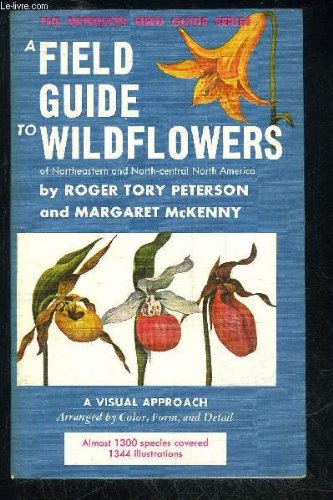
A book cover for A Field Guide to Wildflowers of Northeastern and Northcentral North America; Roger Tory Peterson; Crafts, Hobbies & Home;